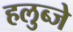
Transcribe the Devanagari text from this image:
हलुब्जे